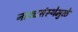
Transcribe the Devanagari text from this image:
नाट्यसंस्थेमुळे